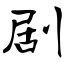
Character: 剧